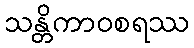
သန္တိကာဝစရဿ